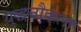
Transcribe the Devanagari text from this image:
युद्धनौकेला